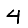
Digit: 4